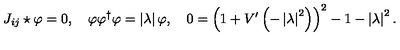
J _ { i j } \star \varphi = 0 , \quad \varphi \varphi ^ { \dagger } \varphi = \left| \lambda \right| \varphi , \quad 0 = \left( 1 + V ^ { \prime } \left( - \left| \lambda \right| ^ { 2 } \right) \right) ^ { 2 } - 1 - \left| \lambda \right| ^ { 2 } .